First report of the anti-malarial operations at Mian Mir, 1901-1903 - Number 6
Year: 1901
Disease focus: Malaria
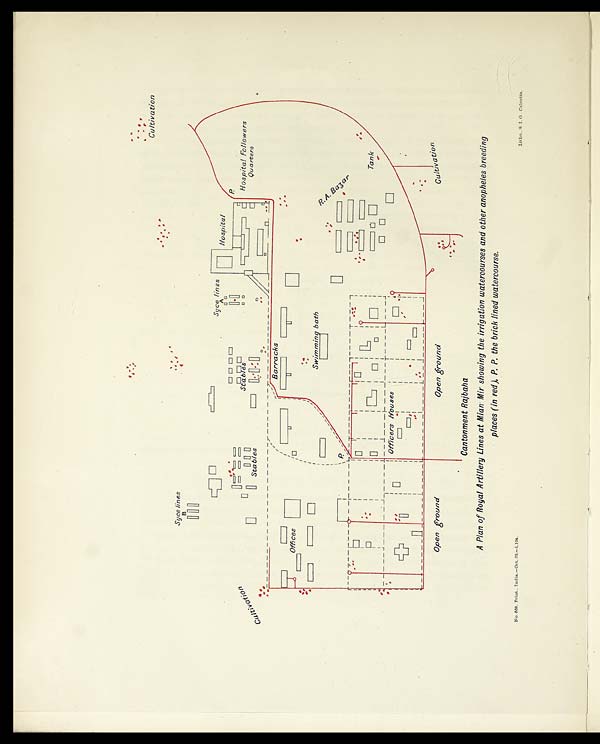
A Plan of Royal Artillery Lines at Mian Mir showing the irrigation watercourses and other anopheles breeding
places (in red), P. P. the brick lined watercourse.
No. 659). Print., India.—Oct. 03.
—1,154.
Litho., S. I. O., Calcutta.